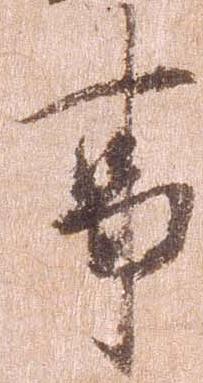
事